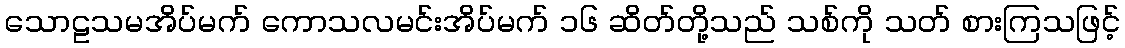
သောဠသမအိပ်မက် ကောသလမင်းအိပ်မက် ၁၆ ဆိတ်တို့သည် သစ်ကို သတ် စားကြသဖြင့်